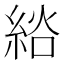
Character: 𦀭